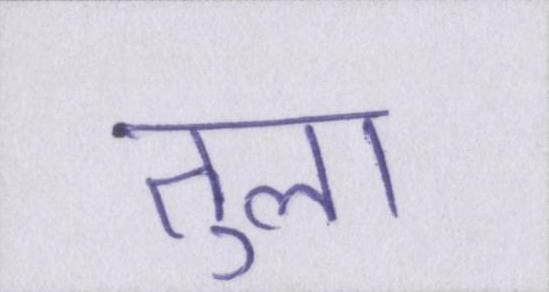
तुला